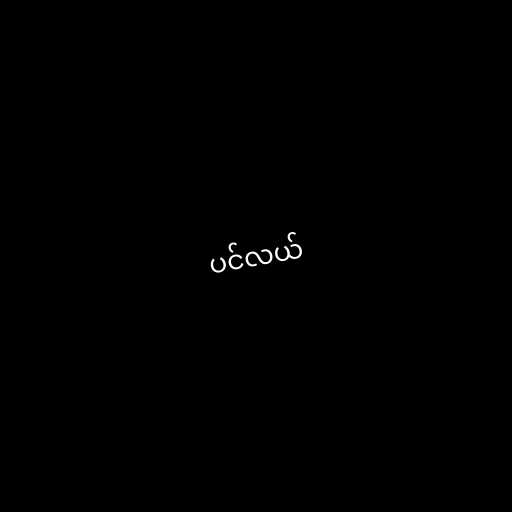
ပင်လယ်